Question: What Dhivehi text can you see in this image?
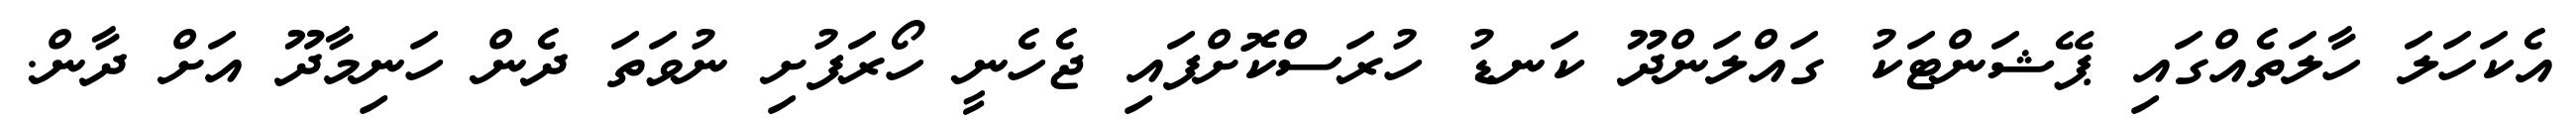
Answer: އެކަހަލަ ހާލަތެއްގައި ޕޭޝަންޓަކު ގައްލަންދޫ ކަނޑު ހުރަސްކޮށްފައި ޖެހެނީ ހޯރަފުށި ނުވަތަ ދެން ހަނިމާދޫ އަށް ދާން.